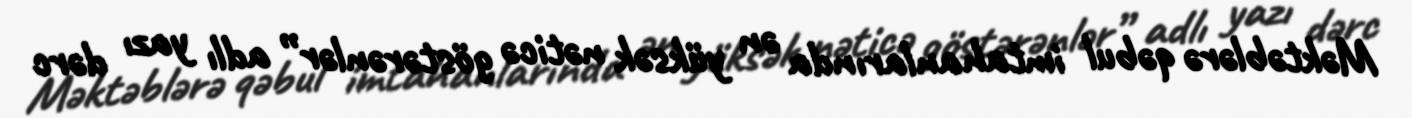
Məktəblərə qəbul imtahanlarında ən yüksək nəticə göstərənlər” adlı yazı dərc